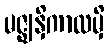
မဇ္ဈနှိကာလမှိ